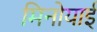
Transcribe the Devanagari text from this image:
मिनोयाई